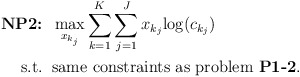
\begin{align*}\mbox{\textbf{NP2:}} &\;\; \max_{x_{k_j}} \sum_{k=1}^K \sum_{j=1}^J x_{k_j}{\log(c_{k_j})} \\\mbox{s.t.} &\;\; \mbox{same constraints as problem {\bf P1-2}}. \end{align*}